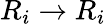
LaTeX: R_{i}\to R_{i}